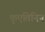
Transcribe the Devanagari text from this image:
कृएतिनिन